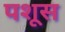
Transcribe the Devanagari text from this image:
पशूस